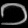
Digit: ၁